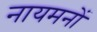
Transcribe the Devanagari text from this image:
नायमनों